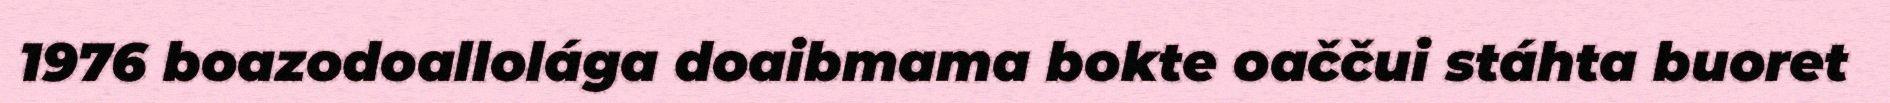
1976 boazodoallolága doaibmama bokte oaččui stáhta buoret